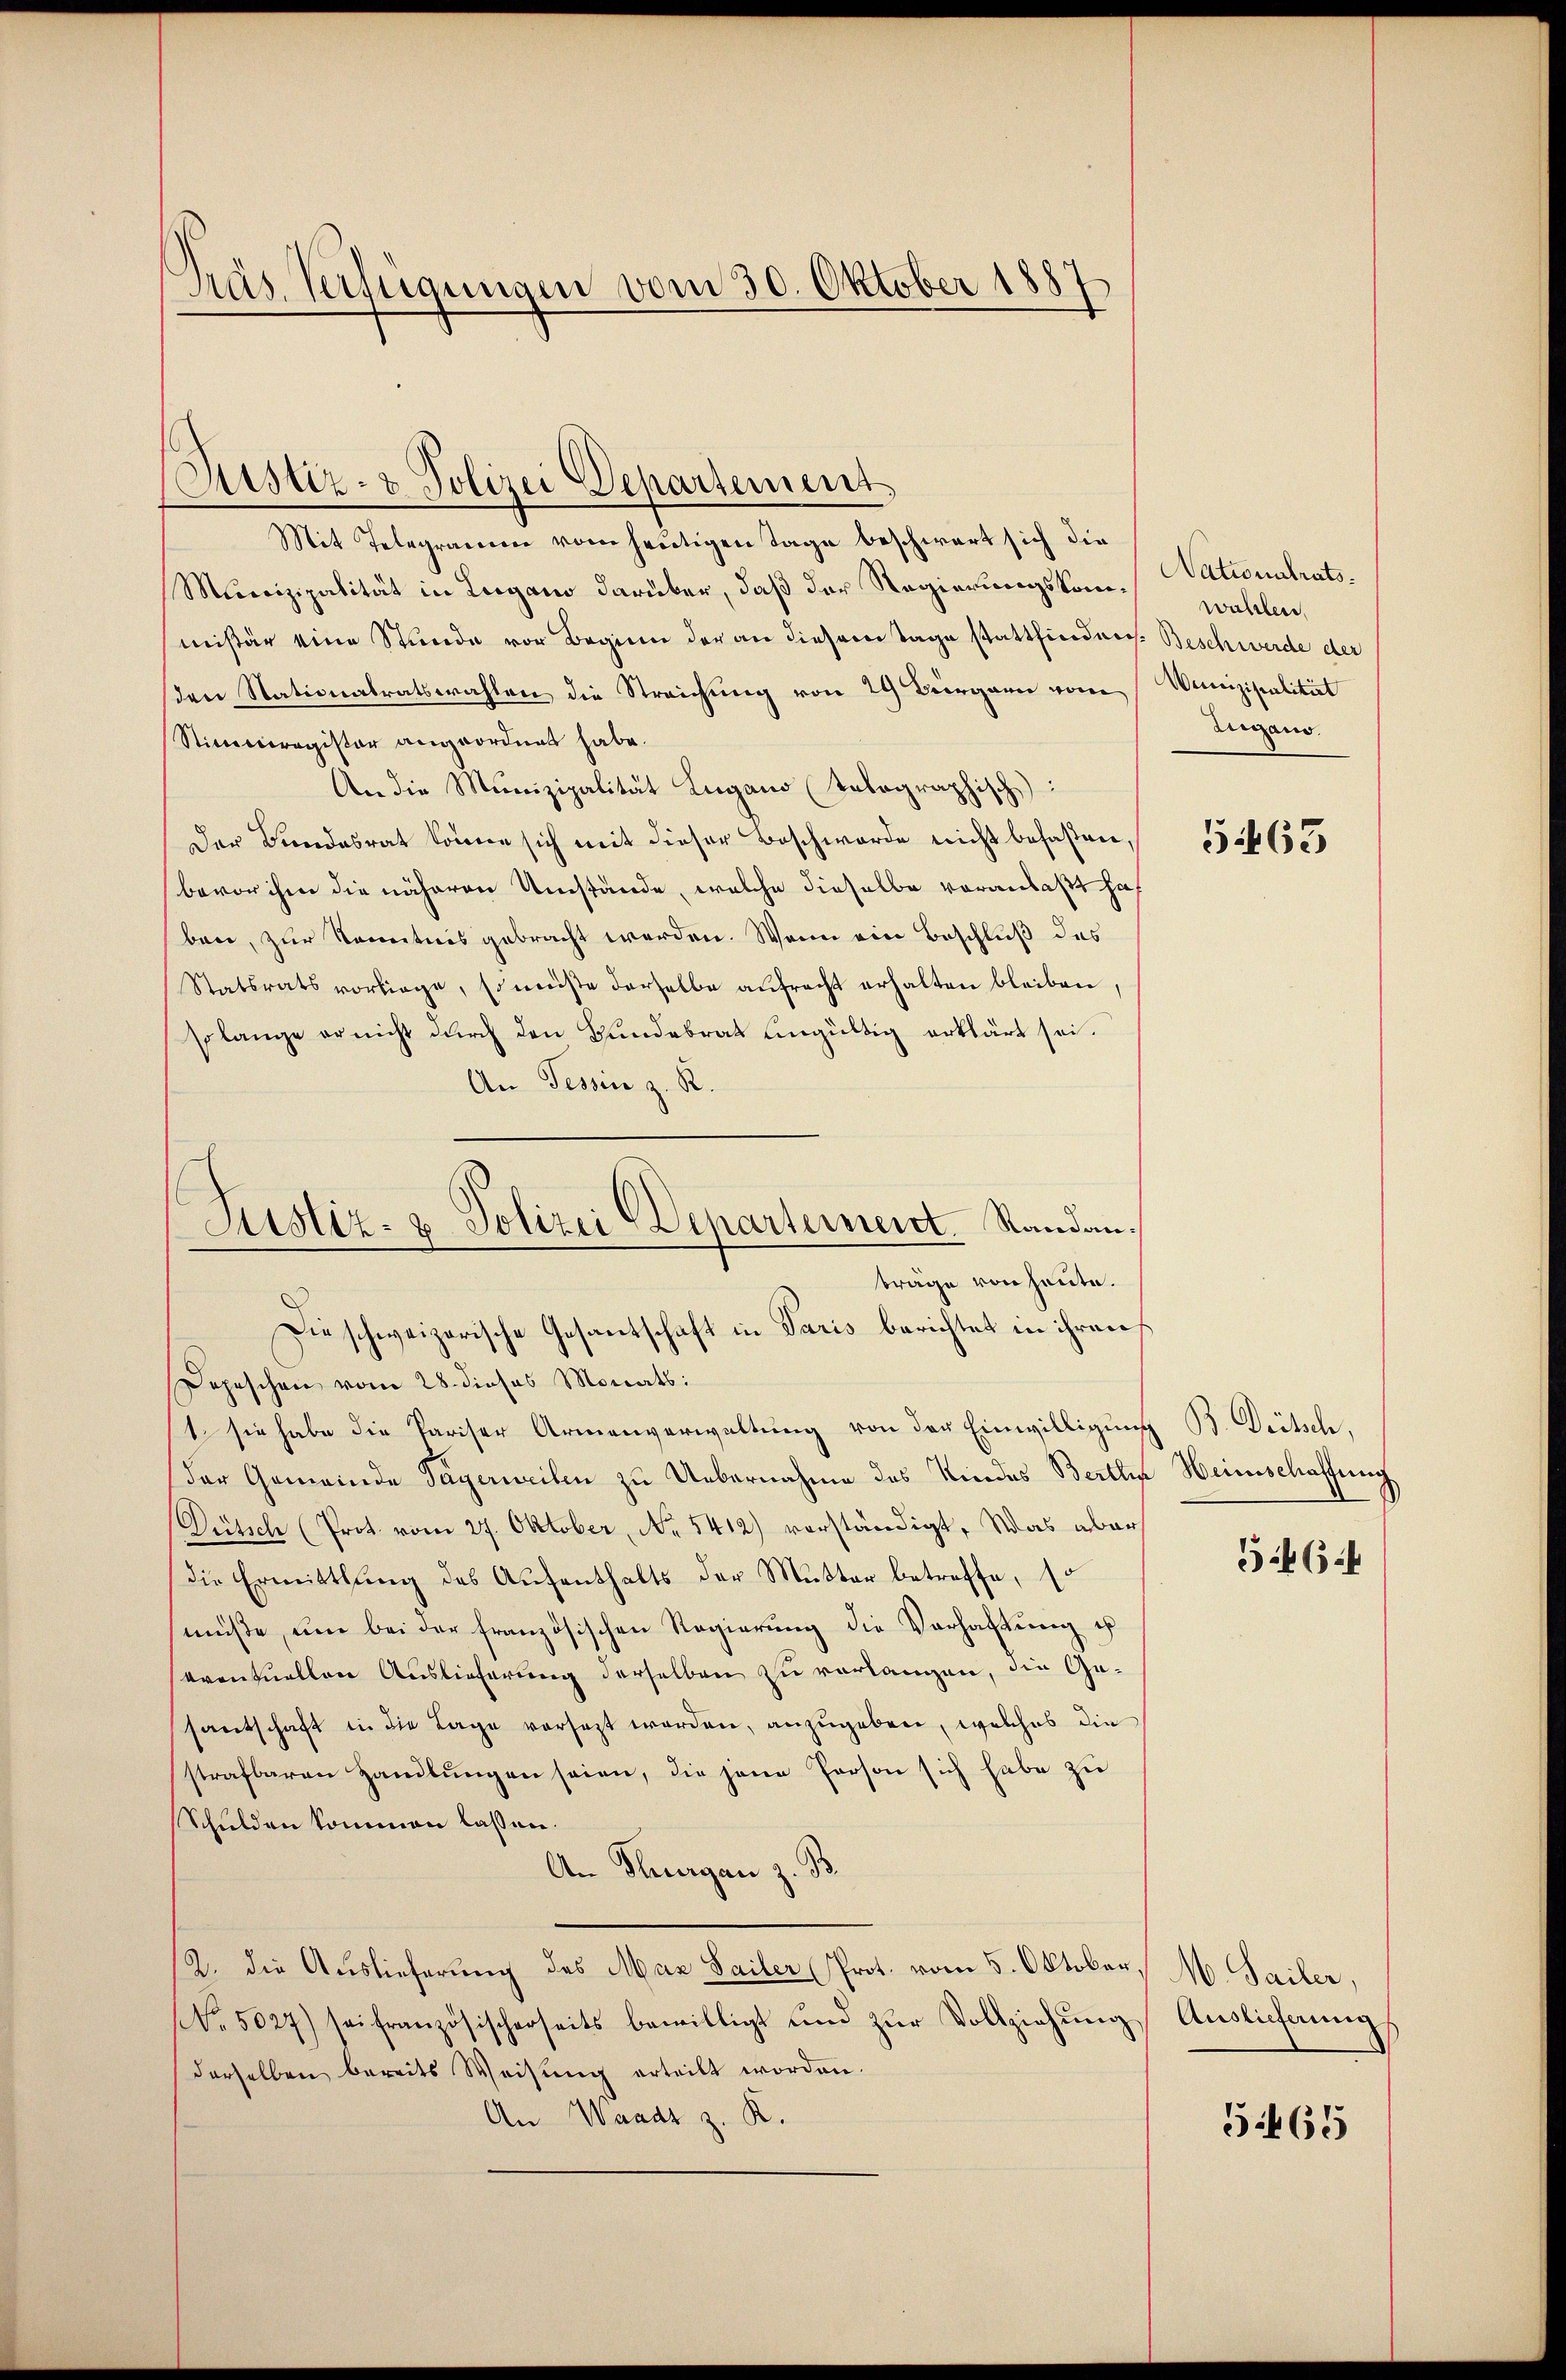
Gras Verfügungen vom 30. Oktober 1887

Mit Telegramen vom heutigen Tage beschwart sich die
Munizipalität in Lugano darüber, daß der Regierungskommissär eine Stunde vor Beginn der an diesem Tage stattfinden Beschwerde der
den Stationalratswahlen die Streichung von 29 Bürgern vom
Stimmregister angeordnet habe.
An die Munizipalität Lugano (tolographisch
Der Bundesrat könne sich mit dieser Beschwerde nicht befaßen,
bevor ihm die näheren Umstände, welche dieselbe voranlaßt ha
ben, zur Kenntnis gebracht werden. Wenn ein Beschluß des
Statsrats vorliege, so müste derselbe aŭfracht erhalten bleiben,
so lange er nicht durch den Bundebrat eingültig erklärt sei.
An Tessin z. R.
Depeschen vom 28. dieses Monats:
1. sie habe die Pariser Armenverwaltung von der Einwilligung B. Dietsch,
der Gemeinde Tagerweilen zu Uebernahme des Kindes Berthin Heimschaffung
Dütsch (Prot. vom 27. Oktober, No 1412) vorständigt. Was aber
die Ermittlung des Aufenthalts der Mutter betreffe, so
müße, um bei der französischen Regierung die Verhaftung u
eventuellen Auslieferung derselben zu verlangen, die Gesantschaft in die Lage versezt werden, anzugeben, welches die
strafbaren Handlungen seien, die jene Person sich habe zu
Schulden kommen lassen.
An Thurgau z. B.
2. die Auslieferung des Max Sailer Prot. vom 5. Oktober, M. Sailer,
NNo. 5027) sei französischerseits bewilligt und zŭr Vollziehŭng
derselben bereits Weisung erteilt worden.
An Waadt z. K.

Justiz- & Polizei Departement

Justiz- & Polizei Departernent. Randanbräge von heute.
Die schweizerische Gesantschaft in Paris berichtet in ihrens

Nationalrats.
wahlen,
Wunizipalität
Lugano.

5463

546.

Auslieferung

:465